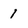
Character: 1